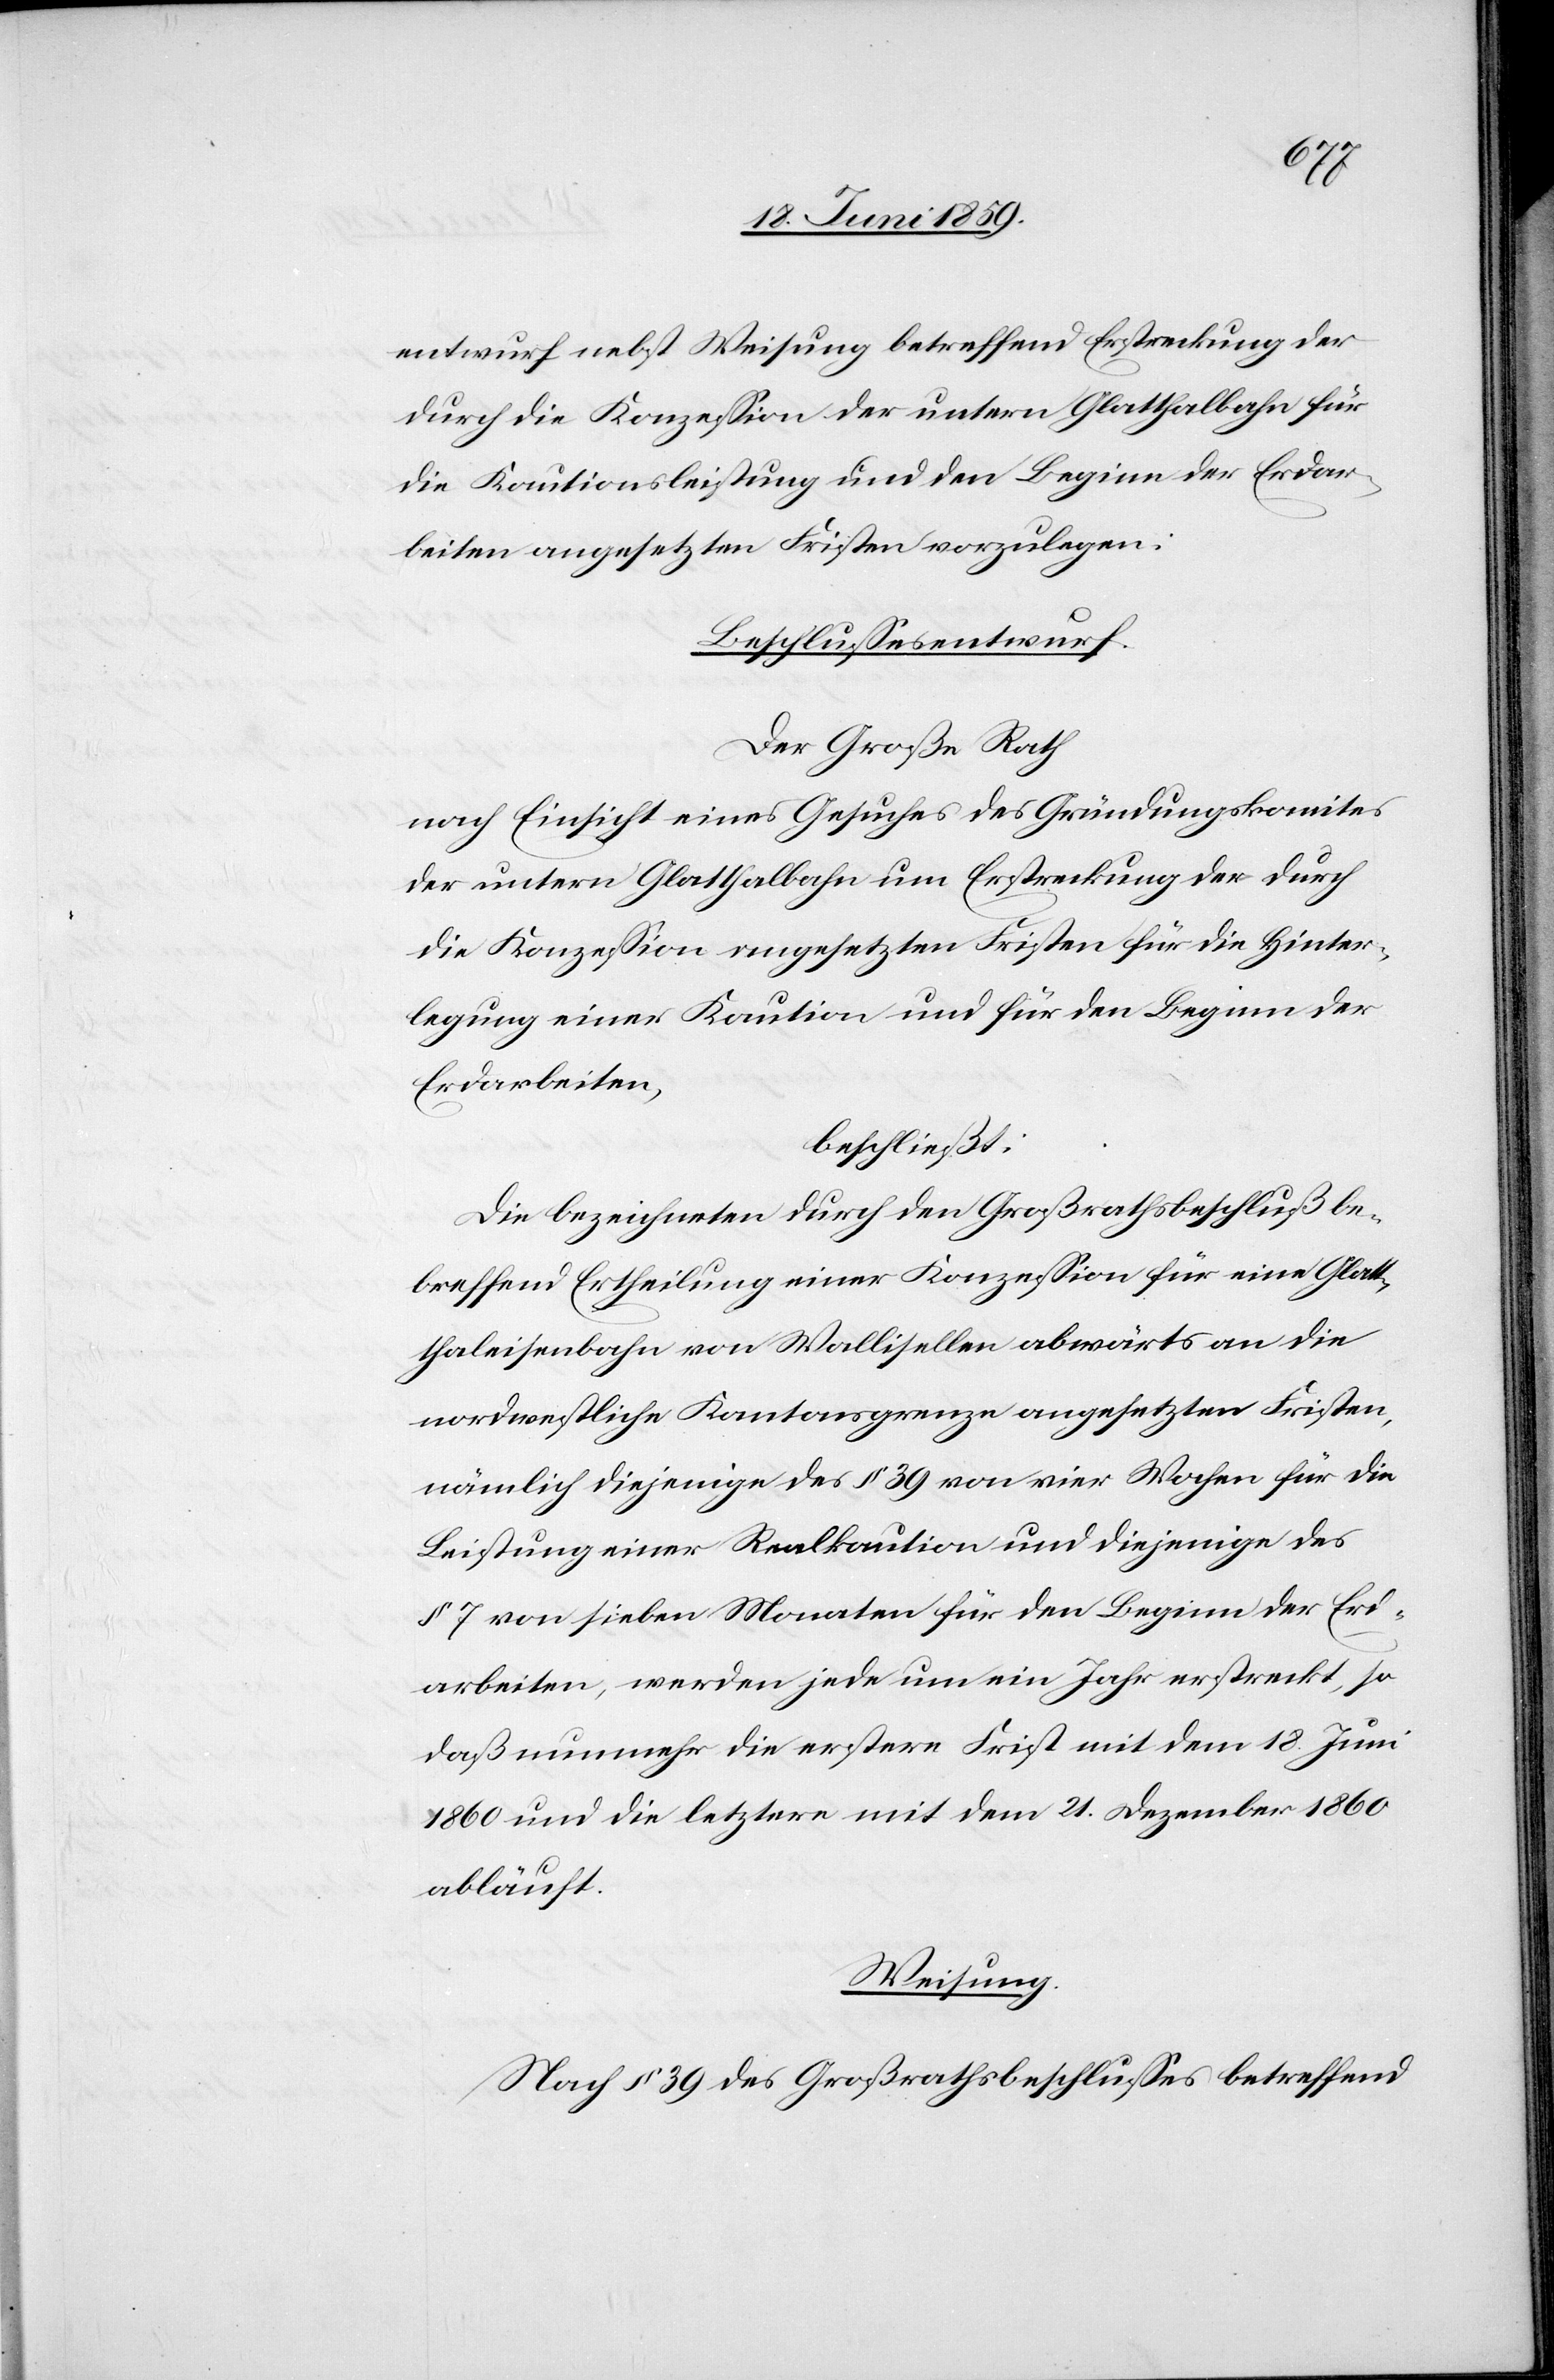
entwurf nebst Weisung betreffend Erstreckung der
durch die Konzession der untern Glatthalbahn für
die Kautionsleistung und den Beginn der Erdar¬
beiten angesetzen Fristen vorzulegen:
Beschlussesentwurf.
Der Große Rath
nach Einsicht eines Gesuches des Gründungskomites
der untern Glatthalbahn um Erstreckung der durch
die Konzession angesetzen Fristen für die Hinter¬
legung einer Kaution und für den Beginn der
Erdarbeiten,
beschließt:
Die bezeichneten durch den Großrathsbeschluß be¬
treffend Ertheilung einer Konzession für eine Glat¬
thaleisenbahn von Wallisellen abwärts an die
nordwestliche Kantonsgrenze angesetzten Fristen,
nämlich diejenige des § 39 von vier Wochen für die
Leistung einer Realkaution und diejenige des
§ 7 von sieben Monaten für den Beginn der Erd¬
arbeiten, werden jede um ein Jahr erstreckt, so
daß nunmehr die erstere Frist mit dem 18. Juni
1860 und die letztere mit dem 21. Dezember 1860
abläuft.
Weisung.
Nach § 39 des Großrathsbeschlusses betreffend